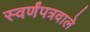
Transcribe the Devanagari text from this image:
स्वर्णंपत्रवाले